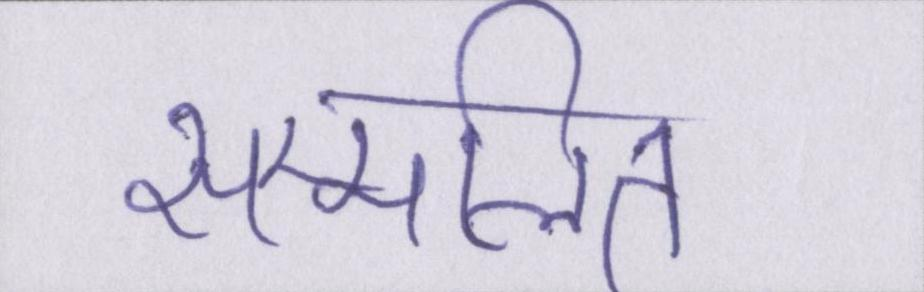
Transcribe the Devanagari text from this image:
सम्मलित